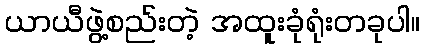
ယာယီဖွဲ့စည်းတဲ့ အထူးခုံရုံးတခုပါ။